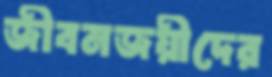
জীবনজয়ীদের